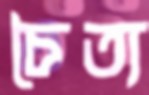
চৈত্য